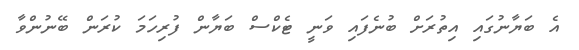
އެ ބަޔާނުގައި އިތުރަށް ބުނެފައި ވަނީ ޓެކްސް ބަޔާން ފުރިހަމަ ކުރަން ބޭނުންވާ